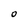
Character: O